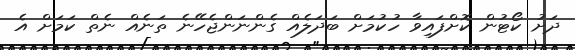
ދަށު ކޯޓުން ކޮށްފައިވާ ހުކުމަށް ބަދަލެއް ގެންނަންޖެހޭނެ ތަނެއް ނެތް ކަމަށް އެ